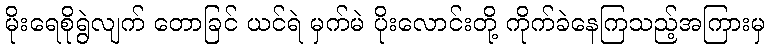
မိုးရေစိုရွဲလျက် တောခြင် ယင်ရဲ မှက်မဲ ပိုးလောင်းတို့ ကိုက်ခဲနေကြသည့်အကြားမှ